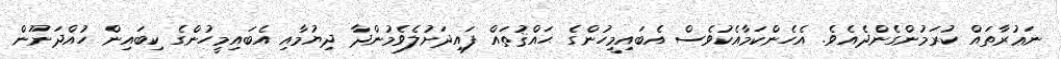
ނަޢުރާތައް ކުރަމުންގެންދެއެވެ. އެހެންކަމާއެކުވެސް އެބައިމީހުންގެ ޙައްޤުތައް ފައިދަށުލެވެމުންދާ ދިޔުމާއި އެބައިމީހުންގެ ކިބައިން ހުއްދަނޫން